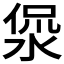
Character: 𰜅